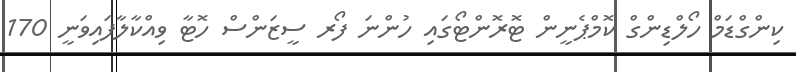
ކިންގްޑަމް ހޯލްޑިންގް ކޮމްޕެނީން ޓޮރޮންޓޯގައި ހުންނަ ފޯރ ސީޒަންސް ހޮޓާ ވިއްކާލާފައިވަނީ 170